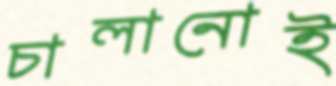
চালানোই